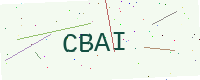
Text: CBAI